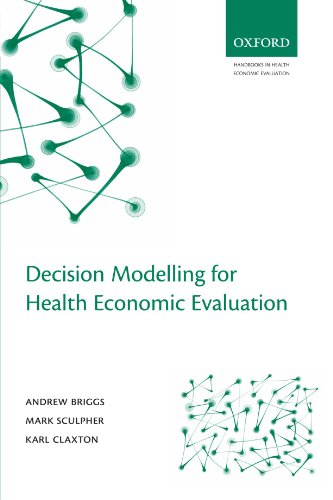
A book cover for Decision Modelling for Health Economic Evaluation (Handbooks in Health Economic Evaluation); Andrew Briggs; Medical Books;